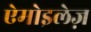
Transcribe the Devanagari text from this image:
ऐमोइलेज़